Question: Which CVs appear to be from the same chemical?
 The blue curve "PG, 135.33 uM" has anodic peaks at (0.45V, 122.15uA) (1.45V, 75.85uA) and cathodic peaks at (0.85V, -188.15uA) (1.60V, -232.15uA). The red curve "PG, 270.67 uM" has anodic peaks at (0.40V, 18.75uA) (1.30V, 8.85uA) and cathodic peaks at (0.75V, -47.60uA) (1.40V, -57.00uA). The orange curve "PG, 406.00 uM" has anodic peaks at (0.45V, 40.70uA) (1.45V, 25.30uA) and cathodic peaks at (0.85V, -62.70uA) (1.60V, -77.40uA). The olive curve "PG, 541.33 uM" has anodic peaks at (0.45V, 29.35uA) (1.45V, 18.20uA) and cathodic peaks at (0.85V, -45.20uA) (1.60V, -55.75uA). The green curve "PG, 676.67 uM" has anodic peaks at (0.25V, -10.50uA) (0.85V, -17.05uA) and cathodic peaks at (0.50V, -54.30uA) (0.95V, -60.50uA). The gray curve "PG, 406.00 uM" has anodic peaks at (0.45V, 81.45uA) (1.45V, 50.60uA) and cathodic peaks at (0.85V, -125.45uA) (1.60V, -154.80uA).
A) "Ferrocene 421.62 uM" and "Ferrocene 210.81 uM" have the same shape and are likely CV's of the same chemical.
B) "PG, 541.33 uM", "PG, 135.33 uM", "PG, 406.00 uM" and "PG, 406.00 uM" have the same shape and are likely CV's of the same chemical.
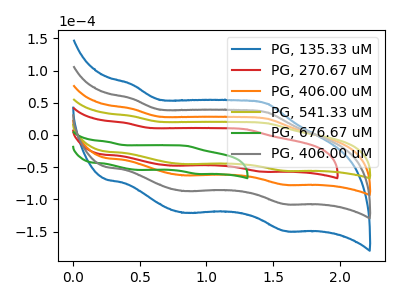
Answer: <think>"PG, 135.33 uM" and "PG, 270.67 uM" have at least one peak that do not match. All the peaks in "PG, 135.33 uM" have a peak in "PG, 406.00 uM" at the same potential. Every peak in "PG, 135.33 uM" is higher than every peak in "PG, 406.00 uM". All the peaks in "PG, 135.33 uM" have a peak in "PG, 541.33 uM" at the same potential. Every peak in "PG, 135.33 uM" is higher than every peak in "PG, 541.33 uM". "PG, 135.33 uM" and "PG, 676.67 uM" have at least one peak that do not match. All the peaks in "PG, 135.33 uM" have a peak in "PG, 406.00 uM" at the same potential. Every peak in "PG, 135.33 uM" is higher than every peak in "PG, 406.00 uM". "PG, 270.67 uM" and "PG, 406.00 uM" have at least one peak that do not match. "PG, 270.67 uM" and "PG, 541.33 uM" have at least one peak that do not match. "PG, 270.67 uM" and "PG, 676.67 uM" have at least one peak that do not match. "PG, 270.67 uM" and "PG, 406.00 uM" have at least one peak that do not match. All the peaks in "PG, 406.00 uM" have a peak in "PG, 541.33 uM" at the same potential. Every peak in "PG, 406.00 uM" is higher than every peak in "PG, 541.33 uM". "PG, 406.00 uM" and "PG, 676.67 uM" have at least one peak that do not match. All the peaks in "PG, 406.00 uM" have a peak in "PG, 406.00 uM" at the same potential. Every peak in "PG, 406.00 uM" is lower than every peak in "PG, 406.00 uM". "PG, 541.33 uM" and "PG, 676.67 uM" have at least one peak that do not match. All the peaks in "PG, 541.33 uM" have a peak in "PG, 406.00 uM" at the same potential. Every peak in "PG, 541.33 uM" is lower than every peak in "PG, 406.00 uM". "PG, 676.67 uM" and "PG, 406.00 uM" have at least one peak that do not match.
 </think>
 <answer>B) "PG, 541.33 uM", "PG, 135.33 uM", "PG, 406.00 uM" and "PG, 406.00 uM" have the same shape and are likely CV's of the same chemical.</answer>
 <eval>B</eval>